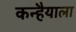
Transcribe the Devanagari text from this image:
कन्हैयाला